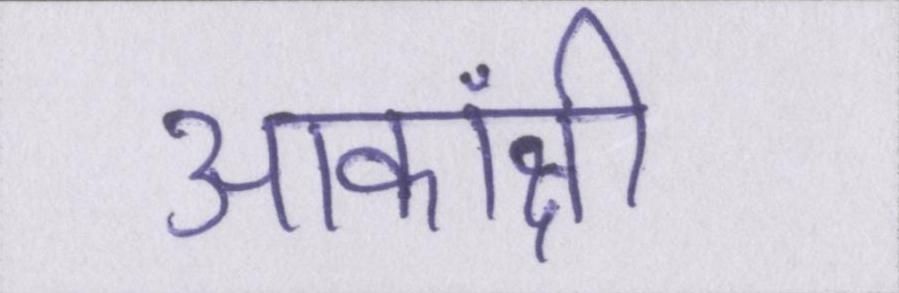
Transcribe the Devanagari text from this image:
आकांक्षी